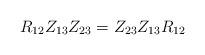
LaTeX: \begin{align*}R_{12}Z_{13}Z_{23} = Z_{23}Z_{13}R_{12}\end{align*}